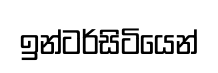
ඉන්ටර්සිටියෙන්